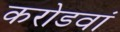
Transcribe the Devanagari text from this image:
करोडवां